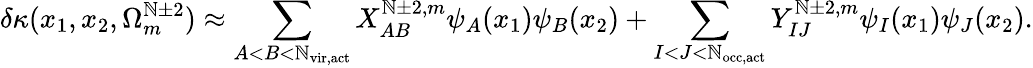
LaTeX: \delta\kappa(x_{1},x_{2},\Omega_{m}^{\mathbb{N}\pm2})\approx\sum_{A<B<\mathbb{N}_{\mathrm{{vir,act}}}}X_{AB}^{\mathbb{N}\pm2,m}\psi_{A}(x_{1})\psi_{B}(x_{2})+\sum_{I<J<\mathbb{N}_{\mathrm{{occ,act}}}}Y_{IJ}^{\mathbb{N}\pm2,m}\psi_{I}(x_{1})\psi_{J}(x_{2}).